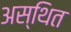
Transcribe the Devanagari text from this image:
अस्थित